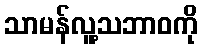
သာမန်လူ့သဘာဝကို